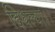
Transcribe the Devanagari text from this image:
दिधल्या।।